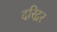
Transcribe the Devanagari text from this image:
दरिद्रर